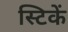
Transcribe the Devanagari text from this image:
स्टिकें